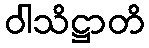
ဝါသိဋ္ဌာတိ